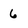
Character: 6